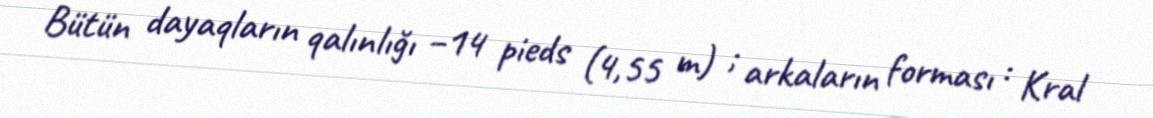
Bütün dayaqların qalınlığı –14 pieds (4,55 m) ; arkaların forması : Kral